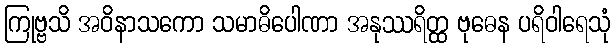
ကြုဗ္ဗသိ အဝိနာသကော သမာဓိပေါဏာ အနုဿရိတ္ထ ဗုဓေန ပရိဝါရေသုံ